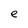
Character: e